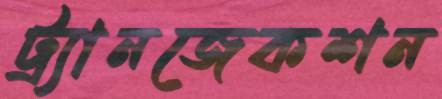
ট্র্যানজেকশন